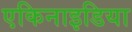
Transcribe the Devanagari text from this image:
एकिनाइडिया